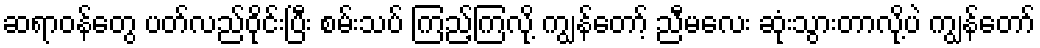
ဆရာဝန်တွေ ပတ်လည်ဝိုင်းပြီး စမ်းသပ် ကြည့်ကြလို့ ကျွန်တော့် ညီမလေး ဆုံးသွားတာလို့ပဲ ကျွန်တော်